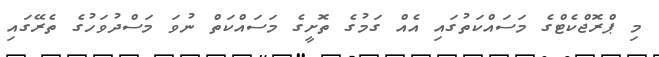
މި ޕްރޮޖްކެޓްގެ މަސައްކަތުގައި އެއް ގަމުގެ ތޮށީގެ މަސައްކަތް ނުވަ މަސްދުވަހުގެ ތެރޭގައި